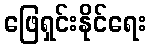
ဖြေရှင်းနိုင်ရေး